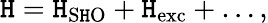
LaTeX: {\cal\mathtt{H}}={\cal\mathtt{H}}_{\mathrm{{S\mathtt{H}O}}}+{\cal\mathtt{H}}_{\mathrm{{exc}}}+\dots,